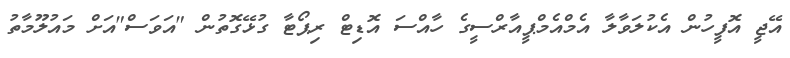
އޭޖީ އޮފީހުން އެކުލަވާލާ އެމްއެމްޕީއާރްސީގެ ހާއްސަ އޮޑިޓް ރިޕޯޓާ ގުޅޭގޮތުން "އަވަސް"އަށް މައުލޫމާތު